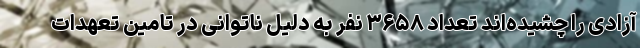
آزادی را چشیده‌اند تعداد ۳۶۵۸ نفر به دلیل ناتوانی در تامین تعهدات